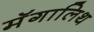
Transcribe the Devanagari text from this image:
मॅगालिथ